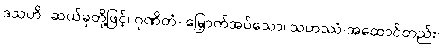
ဒသဟိ- ဆယ်ခုတို့ဖြင့်၊ ဂုဏိတံ- မြှောက်အပ်သော၊ သဟဿံ-အထောင်တည်း၊